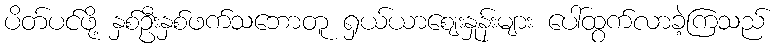
ပိတ်ပင်ဖို့ နှစ်ဦးနှစ်ဖက်သဘောတူ ရှယ်ယာဈေးနှုန်းများ ပေါ်ထွက်လာခဲ့ကြသည်